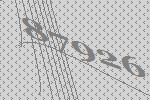
87926